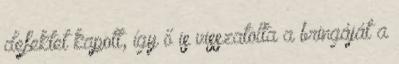
defektet kapott, így ő is visszatolta a bringáját a